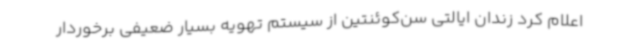
اعلام کرد زندان ایالتی سن‌کوئنتین از سیستم تهویه بسیار ضعیفی برخوردار